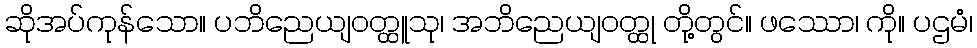
ဆိုအပ်ကုန်သော။ ပဘိညေယျဝတ္ထူသု၊ အဘိညေယျဝတ္ထု တို့တွင်။ ဖဿော၊ ကို။ ပဌမံ၊